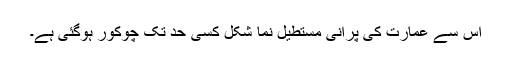
اس سے عمارت کی پرانی مستطیل نما شکل کسی حد تک چوکور ہوگئی ہے۔